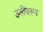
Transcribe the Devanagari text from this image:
उतीँवरून